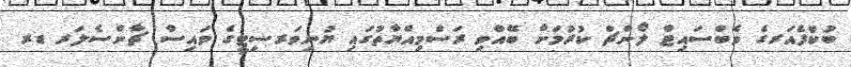
ބުކްފެއަރގެ ވެބްސައިޓް ލޯންޗް ކުރުމަށް ބޭއްވި ރަސްމިއްޔާތުގައި ޔުނިވަރސިޓީގެ ވައިސް ޗާންސެލަރ ޑރ